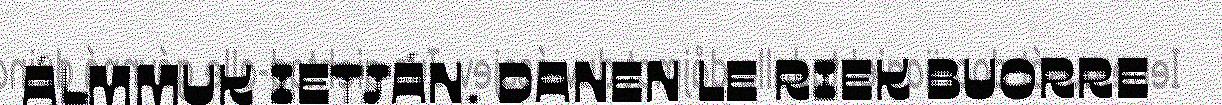
ÁLMMUK IETJÁN. DANEN LE RIEK BUORRE